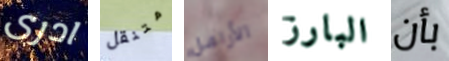
ادرى متنقل الأرامل البارز بأن